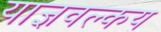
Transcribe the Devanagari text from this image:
याज्ञवल्‍कय